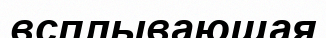
всплывающая